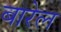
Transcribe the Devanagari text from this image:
बारेल